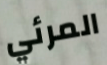
المرئي